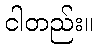
ငါတည်း။